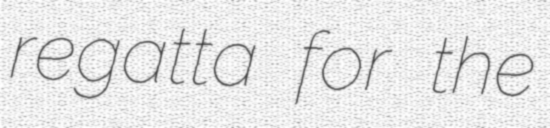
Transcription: regatta for the